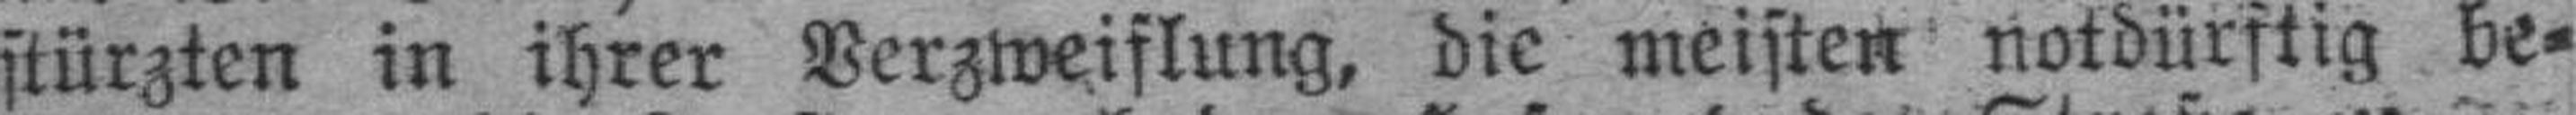
stürzten in ihrer Verzweiflung, die meisten notdürftig be¬